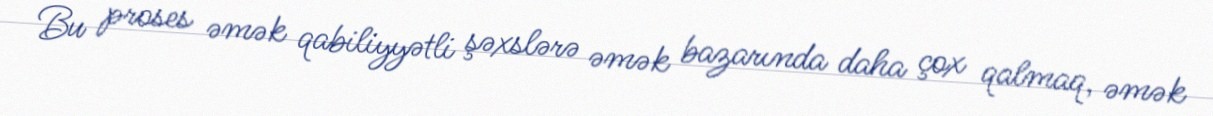
Bu proses əmək qabiliyyətli şəxslərə əmək bazarında daha çox qalmaq, əmək